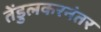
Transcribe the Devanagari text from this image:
तेंडुलकरनंतर